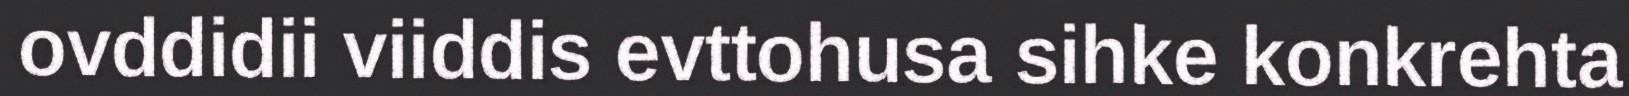
ovddidii viiddis evttohusa sihke konkrehta